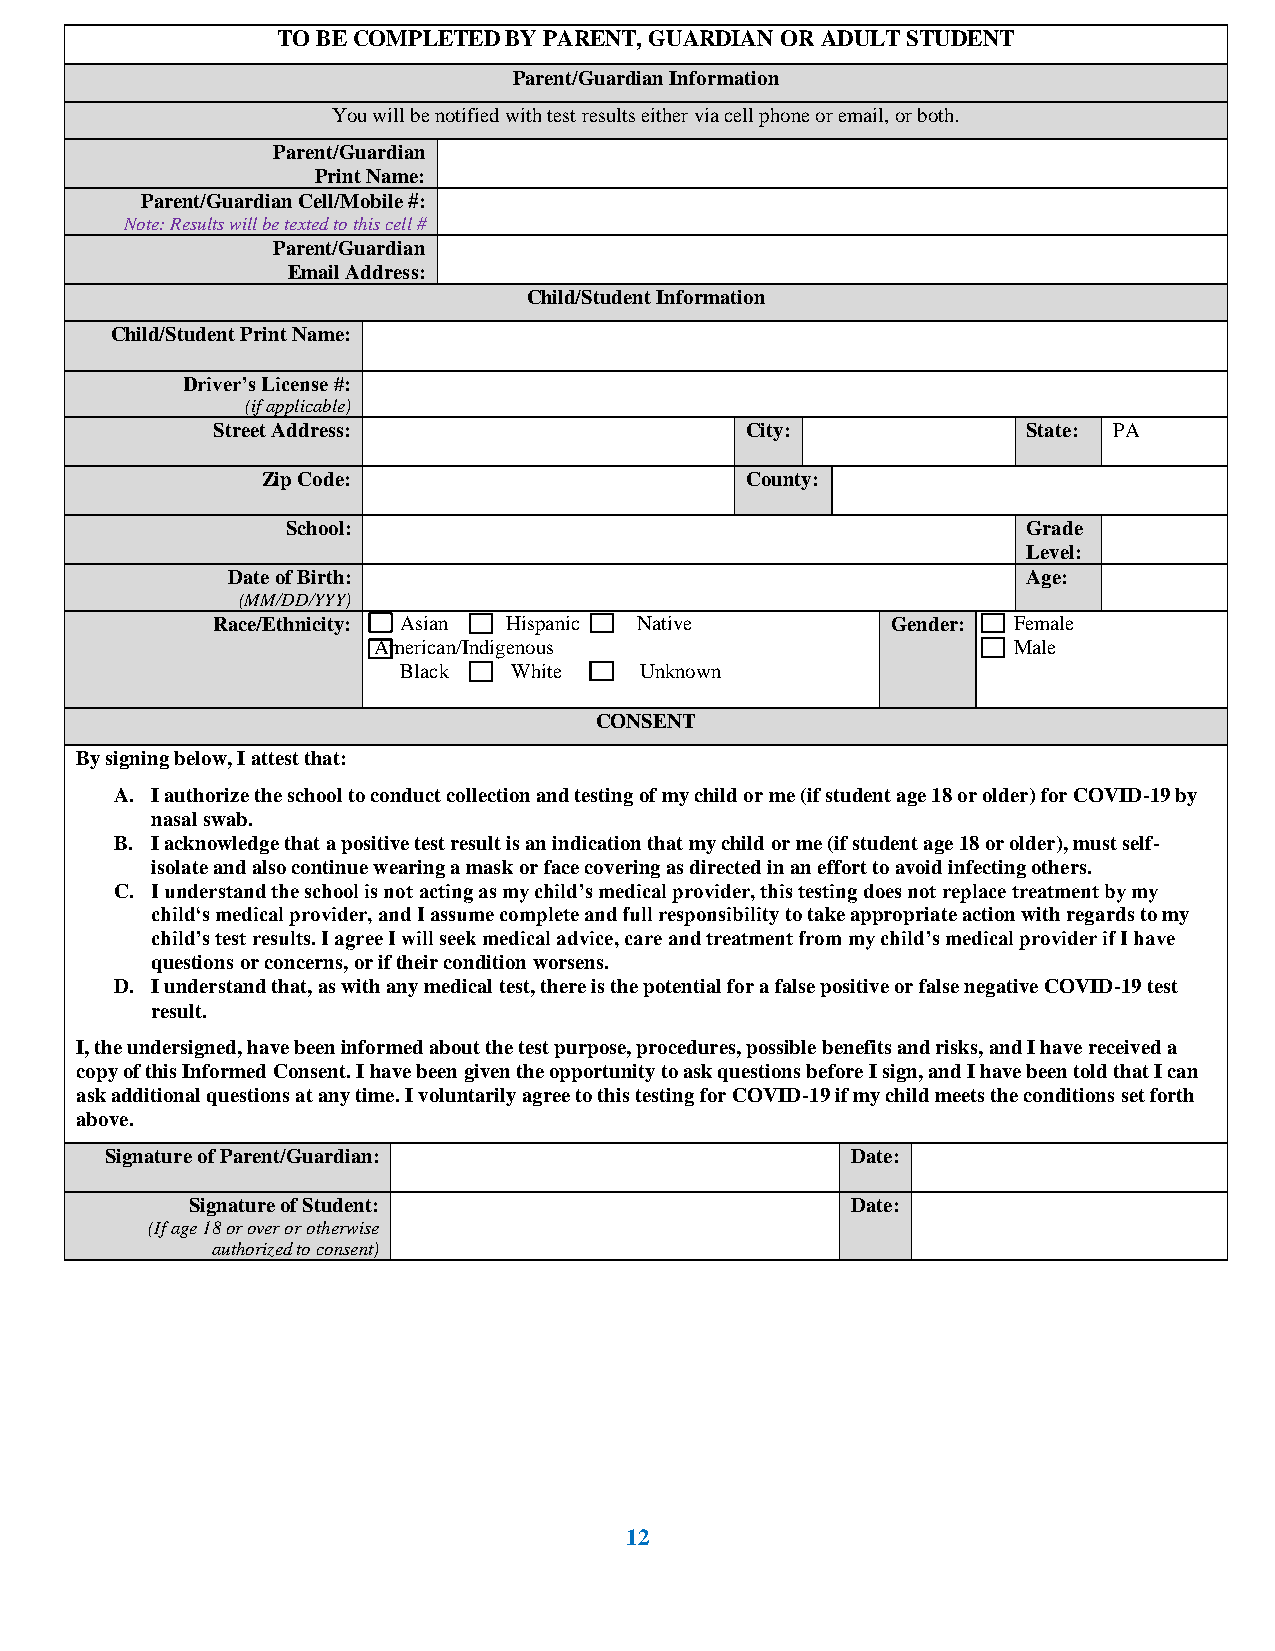
TO BE COMPLETED BY PARENT, GUARDIAN OR ADULT STUDENT
 Parent/Guardian Information
 Archdiocese Of PhiladelYpohuia w Hilli gbhe Snocthifoieodls w ith test res ults either via cell phone or email, or botWh. inter 2021-22
 Parent/Guardian
 Print Name:
 Parent/Guardian Cell/Mobile #:
 Note: Results will be texted to this cell #
 Parent/Guardian
 Email Address:
 Child/Student Information
 Child/Student Print Name:
 Driver’s License #:
 (if applicable)
 Street Address:                    City:              State: PA
 Zip Code:                       County:
 School:                                          Grade
 Level:
 Date of Birth:                                       Age:
 (MM/DD/YYY)
 Race/Ethnicity: Asian Hispanic Native        Gender: Female
 American/Indigenous                       Male
 Black  White   Unknown
 CONSENT
 By signing below, I attest that:
 A. I authorize the school to conduct collection and testing of my child or me (if student age 18 or older) for COVID-19 by
 nasal swab.
 B. I acknowledge that a positive test result is an indication that my child or me (if student age 18 or older), must self-
 isolate and also continue wearing a mask or face covering as directed in an effort to avoid infecting others.
 C. I understand the school is not acting as my child’s medical provider, this testing does not replace treatment by my
 child‘s medical provider, and I assume complete and full responsibility to take appropriate action with regards to my
 child’s test results. I agree I will seek medical advice, care and treatment from my child’s medical provider if I have
 questions or concerns, or if their condition worsens.
 D. I understand that, as with any medical test, there is the potential for a false positive or false negative COVID-19 test
 result.
 I, the undersigned, have been informed about the test purpose, procedures, possible benefits and risks, and I have received a
 copy of this Informed Consent. I have been given the opportunity to ask questions before I sign, and I have been told that I can
 ask additional questions at any time. I voluntarily agree to this testing for COVID-19 if my child meets the conditions set forth
 above.
 Signature of Parent/Guardian:                    Date:
 Signature of Student:                       Date:
 (If age 18 or over or otherwise
 authorized to consent)
 12